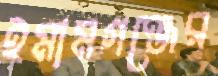
ইমামগঞ্জের